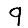
Digit: 9